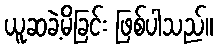
ယူဆခဲ့မိခြင်း ဖြစ်ပါသည်။